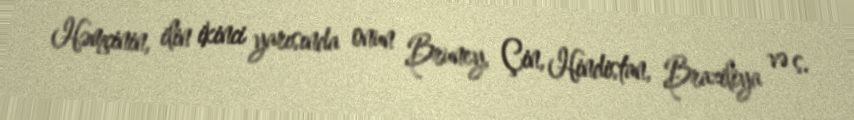
Həmçinin, ilin ikinci yarısında onun Bruney, Çin, Hindistan, Braziliya və s.